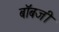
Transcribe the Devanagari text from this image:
बॉबजी